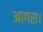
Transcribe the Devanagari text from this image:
आगरा।